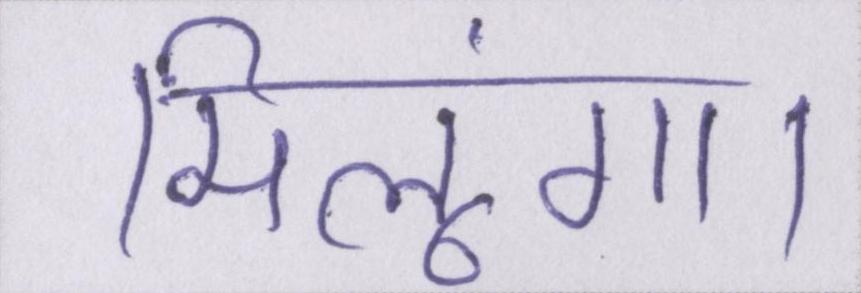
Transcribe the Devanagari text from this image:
मिलूंगा।